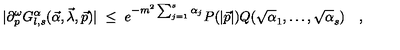
\vert \partial _ { p } ^ { \omega } G _ { l , s } ^ { \alpha } ( \vec { \alpha } , \vec { \lambda } , \vec { p } ) \vert \ \leq \ e ^ { - m ^ { 2 } \sum _ { j = 1 } ^ { s } \alpha _ { j } } P ( \vert \vec { p } \vert ) Q ( \sqrt \alpha _ { 1 } , \ldots , \sqrt \alpha _ { s } ) \quad ,